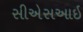
સીએસઆઇ